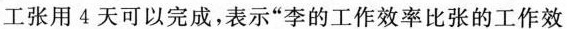
，员工张用4天可以完成，表示”李的工作效率比张的工作效